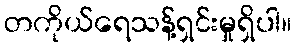
တကိုယ်ရေသန့်ရှင်းမှုရှိပါ။